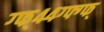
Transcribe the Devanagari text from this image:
ग्फ्४४ग्फ्ग्फ्